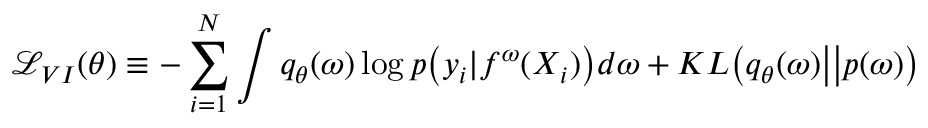
\mathcal { L } _ { V I } ( \theta ) \equiv - \sum _ { i = 1 } ^ { N } \int q _ { \theta } ( \boldsymbol { \omega } ) \log p \big ( \boldsymbol { y } _ { i } | \boldsymbol { f } ^ { \boldsymbol { \omega } } ( \boldsymbol { X } _ { i } ) \big ) d \boldsymbol { \omega } + K L \big ( q _ { \theta } ( \boldsymbol { \omega } ) \big | \big | p ( \boldsymbol { \omega } ) \big )